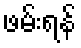
ဖမ်းရန်